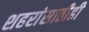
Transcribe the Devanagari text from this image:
शहरांसाठीही